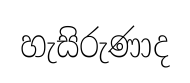
හැසිරුණාද